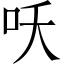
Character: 㕭